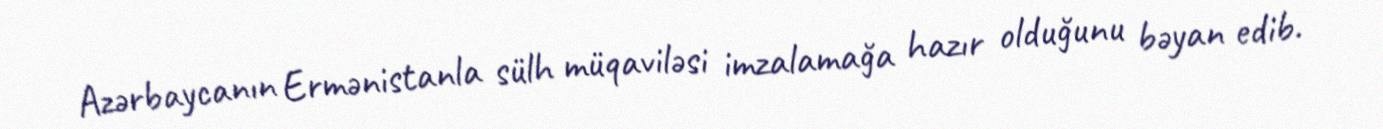
Azərbaycanın Ermənistanla sülh müqaviləsi imzalamağa hazır olduğunu bəyan edib.